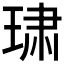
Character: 𰢄